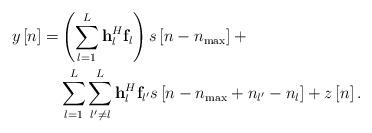
LaTeX: \begin{align*}\ \begin{aligned} y\left[ n \right] = & \left( {\sum\limits_{l = 1}^L {{\bf{h}}_l^H{{\bf{f}}_l}} } \right)s\left[ {n - {n_{\max }}} \right]+ \\ &\sum\limits_{l = 1}^L {\sum\limits_{l' \ne l}^L {{\bf{h}}_l^H{{\bf{f}}_{l'}}s\left[ {n - {n_{\max }} + {n_{l'}} - {n_l}} \right]} } + z\left[ n \right]. \end{aligned} \end{align*}